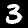
Label: 3